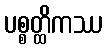
ပစ္စတ္ထိကဿ